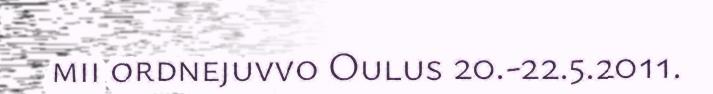
mii ordnejuvvo Oulus 20.-22.5.2011.